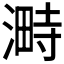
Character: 𣻞